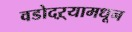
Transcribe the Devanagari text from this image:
वडोदऱ्यामधून